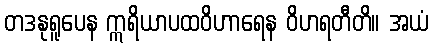
တဒနုရူပေန ဣရိယာပထဝိဟာရေန ဝိဟရတီတိ။ အယံ